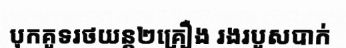
បុកគូទរថយន្ត២គ្រឿង រងរបួសបាក់